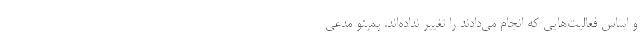
و اساس فعالیت‌هایی که انجام می‌دادند را تغییر نداده‌اند. پمپئو مدعی